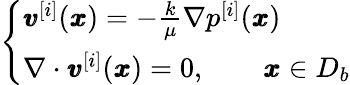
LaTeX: \left\{ \begin{array}{ll}{{\pmb v}^{[i]}({\pmb x})=-\frac{k}{\mu}\nabla p^{[i]}({\pmb x})}\\ {\nabla\cdot{\pmb v}^{[i]}({\pmb x})=0,\qquad{\pmb x}\in D_{b}}\end{array}\right.